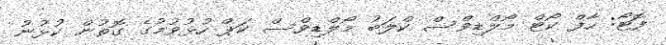
ފޮޓޯ: ހާފް ކޯޓް މޯލްޑިވްސް ކްލަބު މޯލްޑިވްސް ކަޕް ހުޅުވުމުގެ ގޮތުން ކުޅުނު